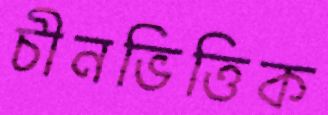
চীনভিত্তিক